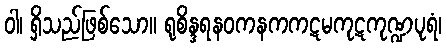
ဝါ၊ ရှိသည်ဖြစ်သော။ ရုစိန္ဒရနဝကနကကဋမကုဋကုဏ္ဍပုရံ၊